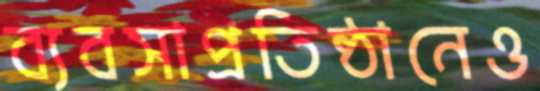
ব্যবসাপ্রতিষ্ঠানেও